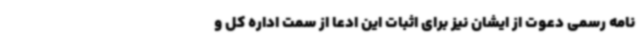
نامه رسمی دعوت از ایشان نیز برای اثبات این ادعا از سمت اداره کل و